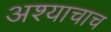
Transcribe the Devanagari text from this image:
अश्याचाच